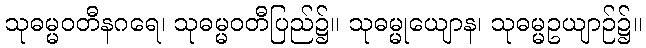
သုဓမ္မဝတီနဂရေ၊ သုဓမ္မဝတီပြည်၌။ သုဓမ္မုယျောန၊ သုဓမ္မဥယျာဉ်၌။